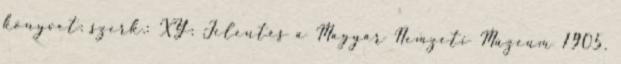
könyvet: szerk.: XY: Jelentés a Magyar Nemzeti Múzeum 1905.